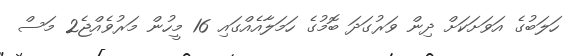
ހަލަބުގެ އަވަށަކަށް ދިން ވަރުގަދަ ބޮމުގެ ހަމަލާއެއްގައި 16 މީހުން މަރުވެއްޖެ2 މަސް